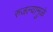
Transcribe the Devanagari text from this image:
रुजल्यामुळे